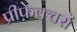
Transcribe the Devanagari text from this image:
प्रीफ़ेक्चरों